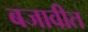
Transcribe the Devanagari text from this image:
बजावीत